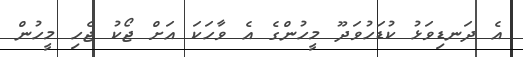
އެ ދަނޑިވަޅު ކުޑަހުވަދޫ މީހުންގެ އެ ވާހަކަ އަށް ޖޯކު ޖެހި މީހުން